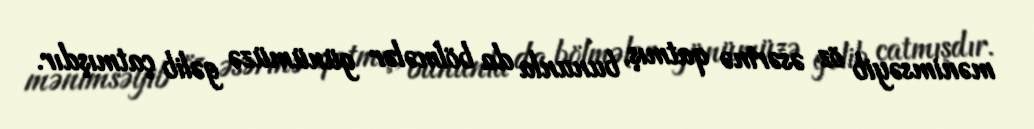
mənimsəyib öz əsərinə qatmış, bununla da bölmələr günümüzə gəlib çatmışdır.